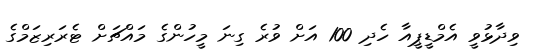
ވިދާޅުވީ އެމްޑީޕީއާ ހެދި 100 އަށް ވުރެ ގިނަ މީހުންގެ މައްޗަށް ޓެރަރިޒަމްގެ